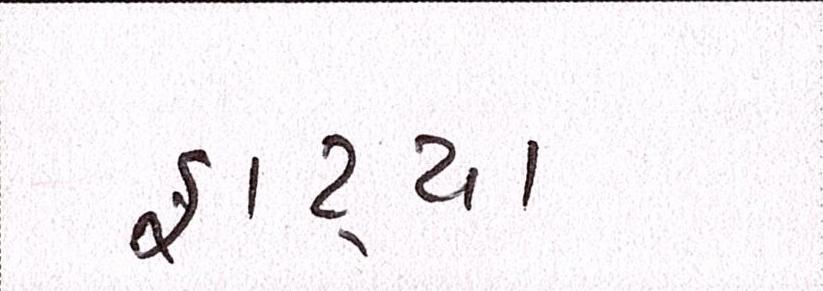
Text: ફાટ્યા